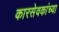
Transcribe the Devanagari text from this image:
कारसेवकांच्या